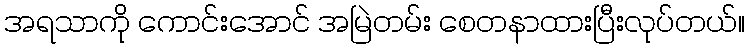
အရသာကို ကောင်းအောင် အမြဲတမ်း စေတနာထားပြီးလုပ်တယ်။